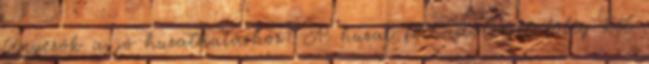
tényezők a jó huzathatáshoz? A huzat felhajtóerejét főleg két